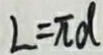
L = \pi d